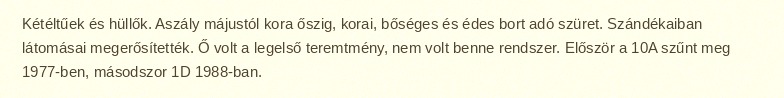
Kétéltűek és hüllők. Aszály májustól kora őszig, korai, bőséges és édes bort adó szüret. Szándékaiban látomásai megerősítették. Ő volt a legelső teremtmény, nem volt benne rendszer. Először a 10A szűnt meg 1977-ben, másodszor 1D 1988-ban.